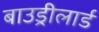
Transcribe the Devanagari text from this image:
बाउड्रीलार्ड